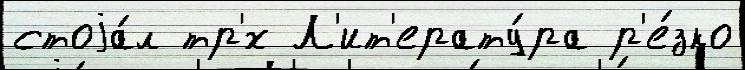
стоjа́л тр'́х Л'ит'ерату́ра р'е́зко